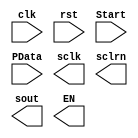
module        P2S(input wire clk,						//parallel to serial
						input wire rst,
						input wire Start,
						input wire[DATA_BITS-1:0] PData,
						output wire sclk,
						output wire sclrn,
						output wire sout,
						output reg  EN
						);
						
parameter
	DATA_BITS = 64,  											// data length
	DATA_COUNT_BITS = 6,										// data shift bits
	DIR = 1;														// Shift direction =0
		
endmodule